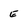
Character: e